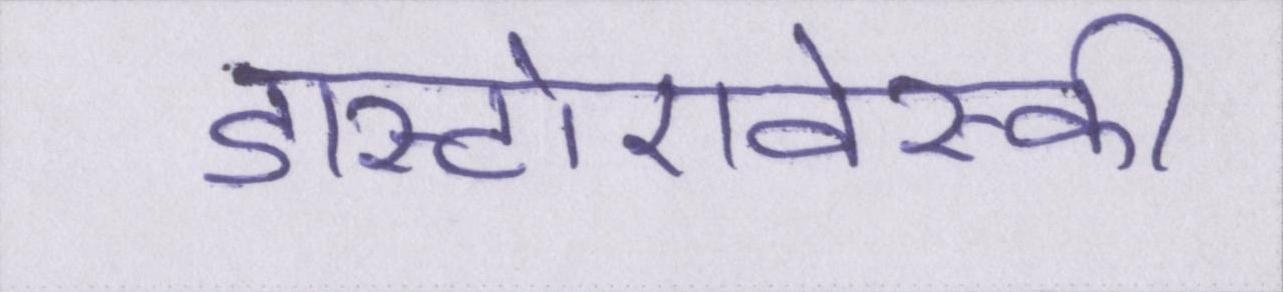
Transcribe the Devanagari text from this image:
डास्टोएवेस्की